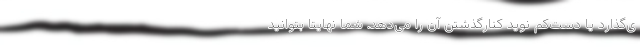
ی‌گذارد یا دست‌کم نوید کنارگذشتن آن را می‌دهد. شما نهایتاً بتوانید